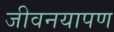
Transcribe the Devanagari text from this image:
जीवनयापण